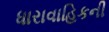
ધારાવાહિકની